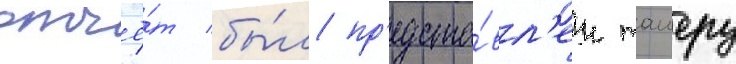
отчё́т бы́л пр'едста́вл'ен таиеру